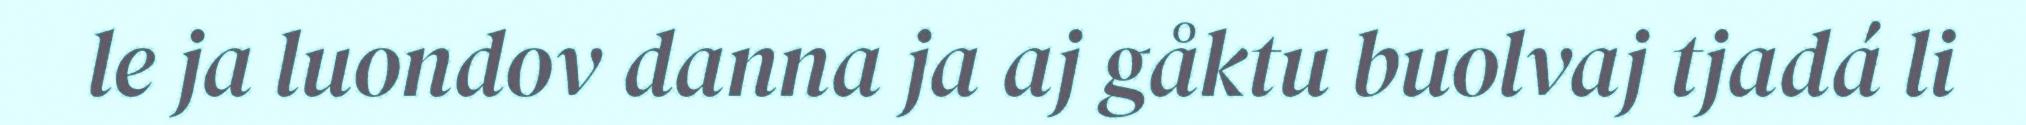
le ja luondov danna ja aj gåktu buolvaj tjadá li